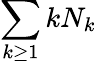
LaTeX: \sum_{k\geq 1}kN_{k}